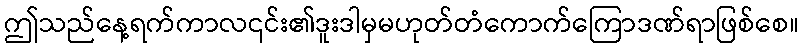
ဤသည်နေ့ရက်ကာလ၎င်း၏ဒူးဒါမှမဟုတ်တံကောက်ကြောဒဏ်ရာဖြစ်စေ။